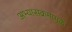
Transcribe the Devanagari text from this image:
अभ्यासक्रमामुळे